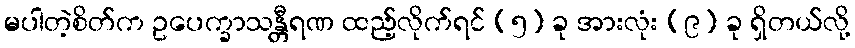
မပါတဲ့စိတ်က ဥပေက္ခာသန္တီရဏ ထည့်လိုက်ရင် (၅) ခု အားလုံး (၉) ခု ရှိတယ်လို့